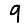
Digit: 9